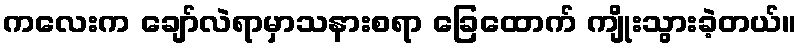
ကလေးက ချော်လဲရာမှာသနားစရာ ခြေထောက် ကျိုးသွားခဲ့တယ်။